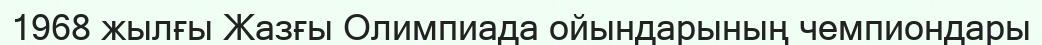
1968 жылғы Жазғы Олимпиада ойындарының чемпиондары